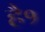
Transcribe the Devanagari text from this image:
है१